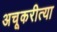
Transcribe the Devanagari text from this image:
अचूकरीत्या